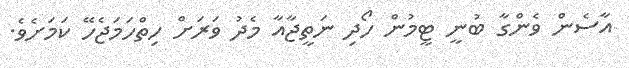
އާސެން ވެންގާ ބުނީ ޓީމުން ހޯދި ނަތީޖާއާ މެދު ވަރަށް ހިތްހަމަޖެހޭ ކަމަށެވެ.